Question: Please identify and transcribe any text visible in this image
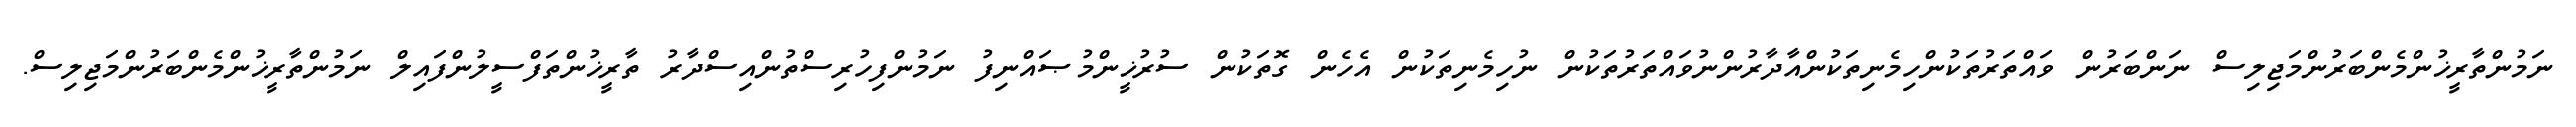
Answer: ނަމުންތާރީޚުންމެންބަރުންމަޖިލިސް ނަންބަރުން ވައްތަރުތަކުންހިމެނިތަކުންއާދާރުންނުވައްތަރުތަކުން ނުހިމެނިތަކުން އެހެން ގޮތަކުން ސުރުޚީންމުޞައްނިފު ނަމުންފިހުރިސްތުންއިސްދާރު ތާރީޚުންތަފްސީލުންފައިލް ނަމުންތާރީޚުންމެންބަރުންމަޖިލިސް.